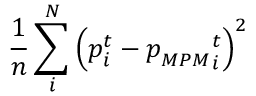
\frac { 1 } { n } \sum _ { i } ^ { N } \left( \boldsymbol { p } _ { i } ^ { t } - { \boldsymbol { p } _ { M P M } } _ { i } ^ { t } \right) ^ { 2 }